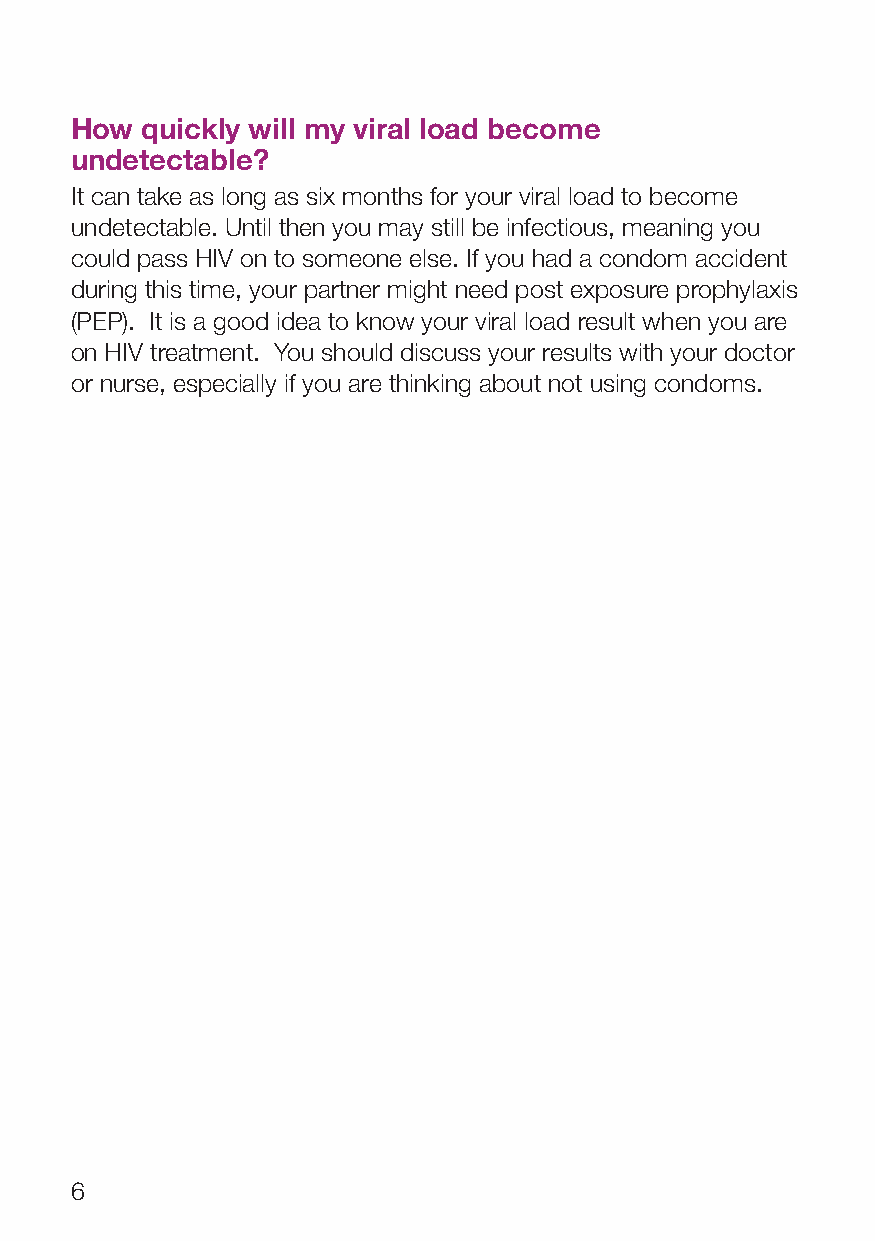
How quickly will my viral load become
 undetectable?
 It can take as long as six months for your viral load to become
 undetectable. Until then you may still be infectious, meaning you
 could pass HIV on to someone else. If you had a condom accident
 during this time, your partner might need post exposure prophylaxis
 (PEP). It is a good idea to know your viral load result when you are
 on HIV treatment. You should discuss your results with your doctor
 or nurse, especially if you are thinking about not using condoms.
 6